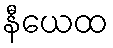
နီယေထ